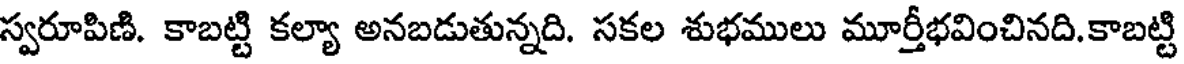
స్వరూపిణి. కాబట్టి కల్యా అనబడుతున్నది. సకల శుభములు మూర్తీభవించినది. కాబట్టి